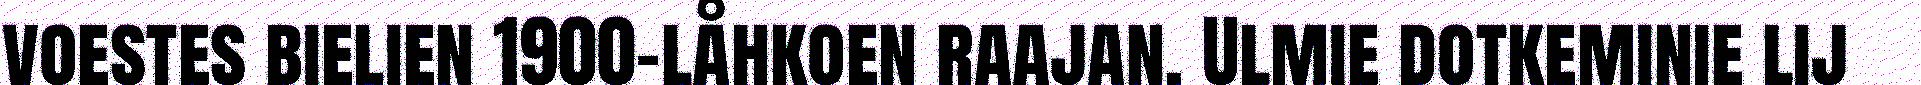
voestes bielien 1900-låhkoen raajan. Ulmie dotkeminie lij